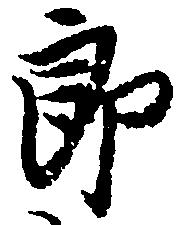
郎